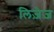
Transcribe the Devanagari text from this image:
लिज़ेज़